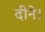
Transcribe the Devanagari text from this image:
दीने।